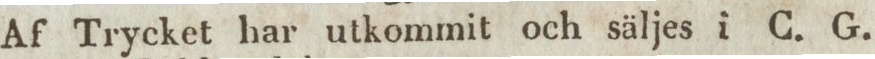
Af Trycket har utkommit och säljes i G. G.